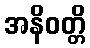
အနိဝတ္တိ